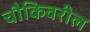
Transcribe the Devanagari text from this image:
चौकिवरील